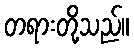
တရားတို့သည်။